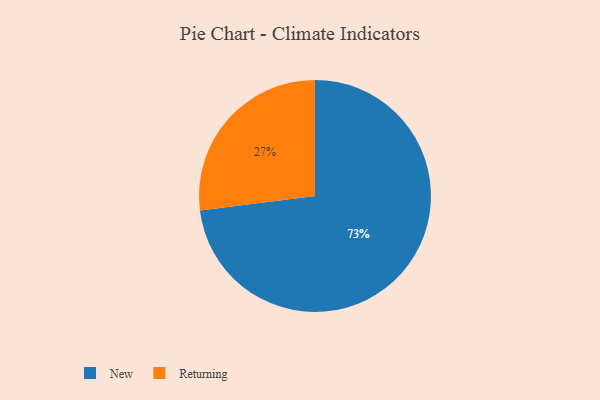
{"axis": {"x": "Category", "y": "Percentage"}, "legend": ["New", "Returning"], "data": [{"x": "New", "y": 73, "type": "New"}, {"x": "Returning", "y": 27, "type": "Returning"}]}